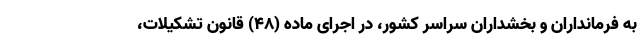
به فرمانداران و بخشداران سراسر کشور، در اجرای ماده (۴۸) قانون تشکیلات،